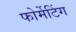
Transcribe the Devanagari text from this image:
फोर्मेटिंग